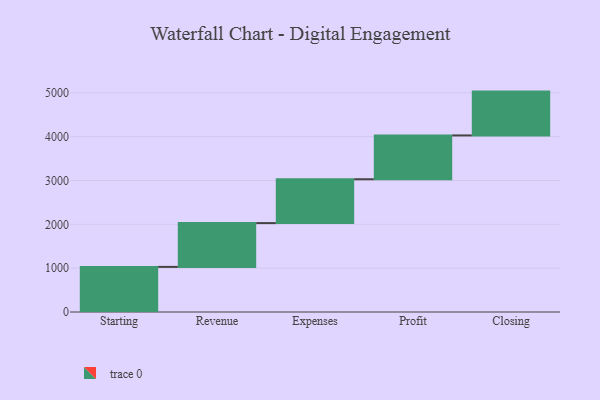
{"axis": {"x": "Step", "y": "Value"}, "legend": [""], "data": [{"x": "Starting", "y": 1029.0, "type": ""}, {"x": "Revenue", "y": 1000, "type": ""}, {"x": "Expenses", "y": 1000, "type": ""}, {"x": "Profit", "y": 1000, "type": ""}, {"x": "Closing", "y": 1000, "type": ""}]}